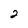
Character: 2